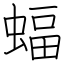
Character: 蝠